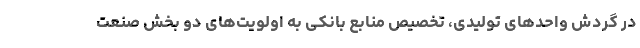
در گردش واحدهای تولیدی، تخصیص منابع بانکی به اولویت‌های دو بخش صنعت